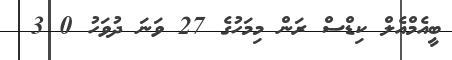
ބީއެމްއެލް ކިޑްސް ރަން މިމަހުގެ 27 ވަނަ ދުވަހު 0 3